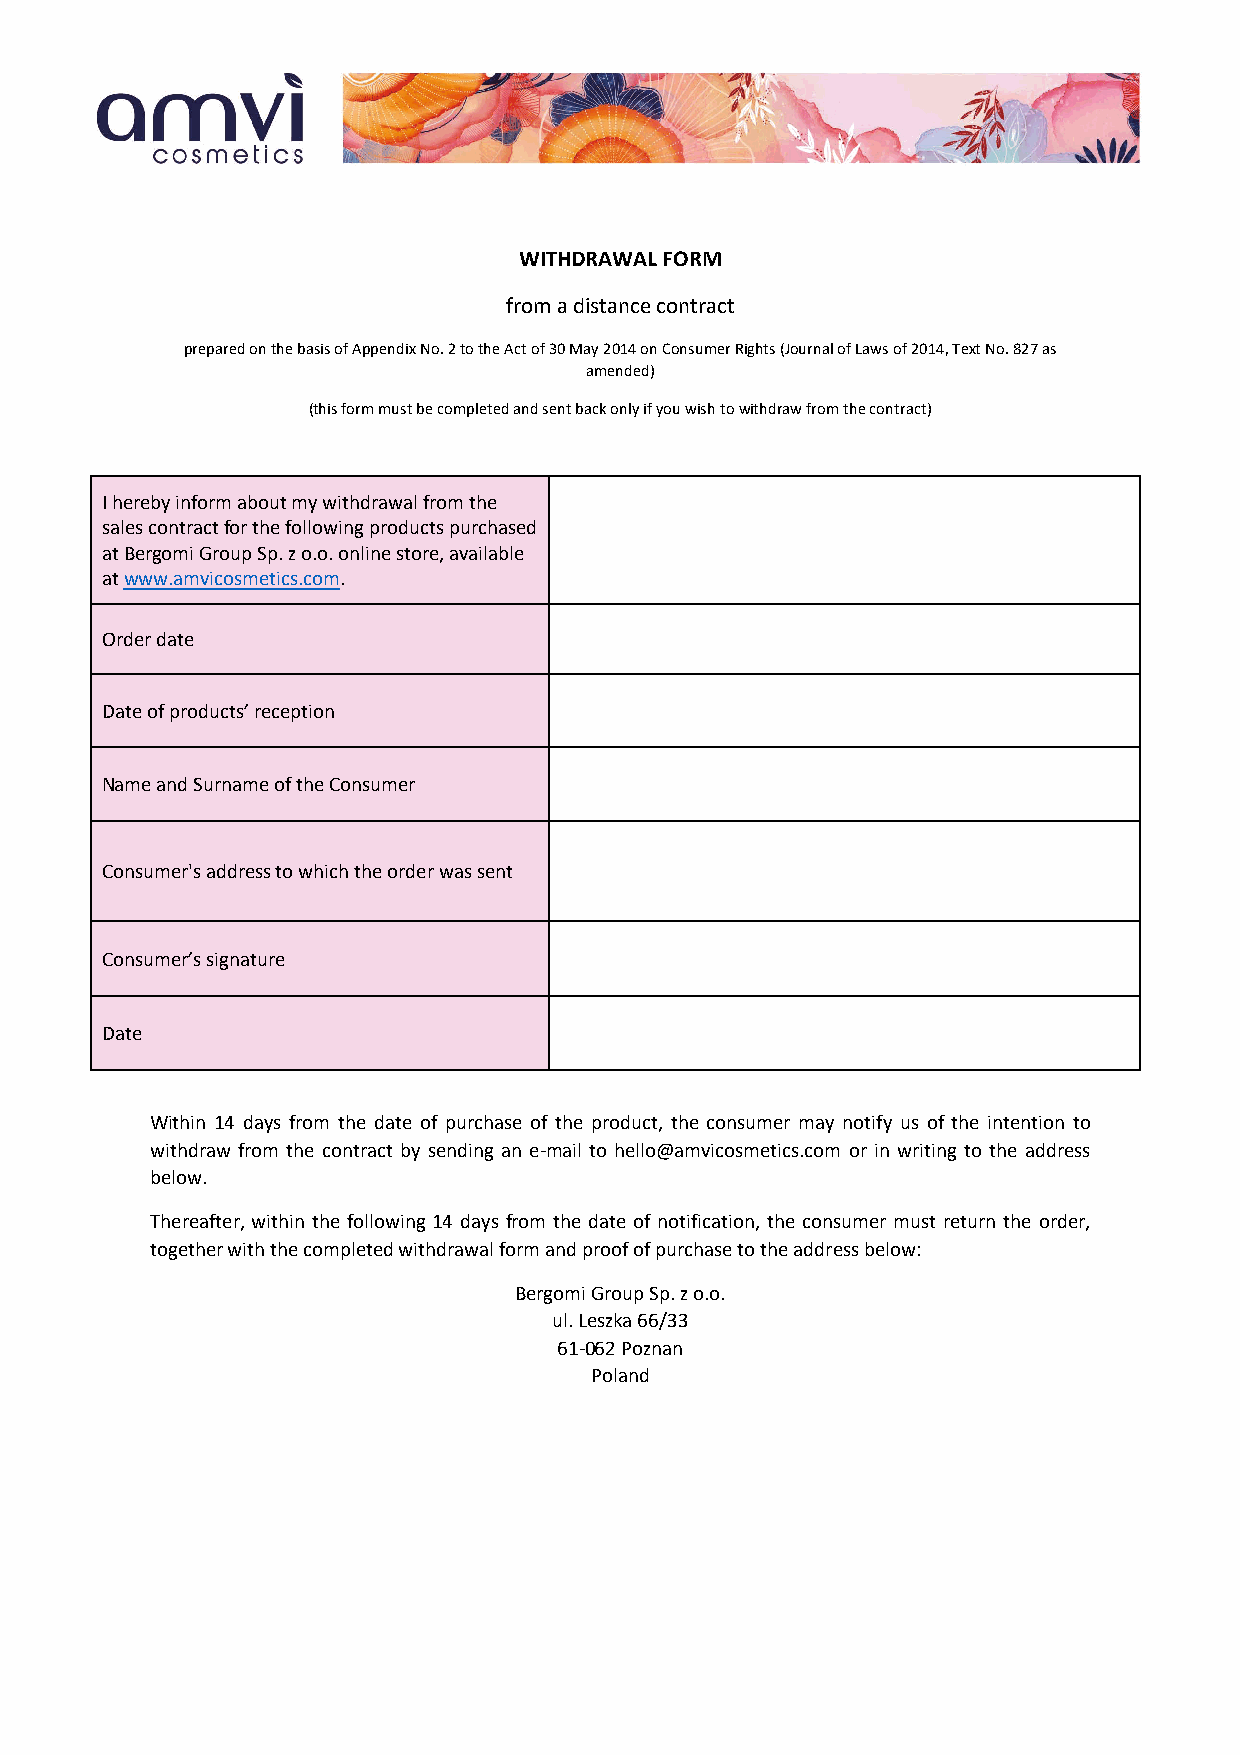
WITHDRAWAL FORM
 from a distance contract
 prepared on the basis of Appendix No. 2 to the Act of 30 May 2014 on Consumer Rights (Journal of Laws of 2014, Text No. 827 as
 amended)
 (this form must be completed and sent back only if you wish to withdraw from the contract)
 I hereby inform about my withdrawal from the
 sales contract for the following products purchased
 at Bergomi Group Sp. z o.o. online store, available
 at www.amvicosmetics.com.
 Order date
 Date of products’ reception
 Name and Surname of the Consumer
 Consumer's address to which the order was sent
 Consumer’s signature
 Date
 Within 14 days from the date of purchase of the product, the consumer may notify us of the intention to
 withdraw from the contract by sending an e-mail to hello@amvicosmetics.com or in writing to the address
 below.
 Thereafter, within the following 14 days from the date of notification, the consumer must return the order,
 together with the completed withdrawal form and proof of purchase to the address below:
 Bergomi Group Sp. z o.o.
 ul. Leszka 66/33
 61-062 Poznan
 Poland